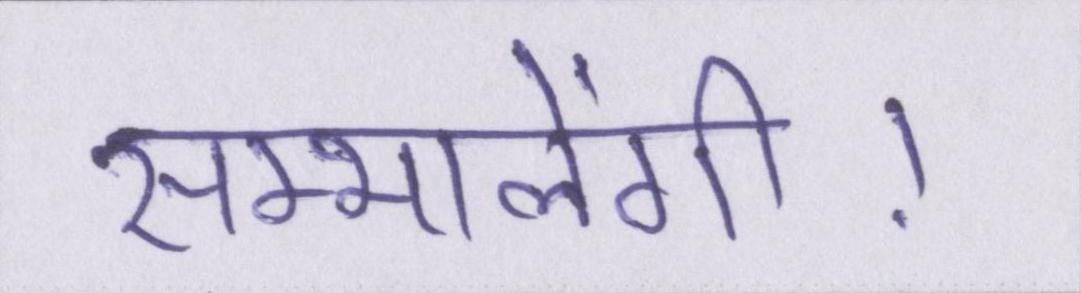
सम्भालेंगी।